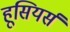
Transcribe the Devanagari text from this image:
हूसियर्स